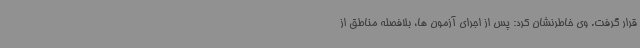
قرار گرفت. وی خاطرنشان کرد: پس از اجرای آزمون ها، بلافصله مناطق از